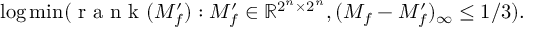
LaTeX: \log \operatorname* { m i n } ( { \textrm { r a n k } } ( M _ { f } ^ { \prime } ) : M _ { f } ^ { \prime } \in \mathbb { R } ^ { 2 ^ { n } \times 2 ^ { n } } , ( M _ { f } - M _ { f } ^ { \prime } ) _ { \infty } \leq 1 / 3 ) .